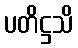
ပတိဋ္ဌသိ